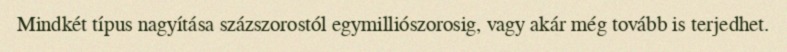
Mindkét típus nagyítása százszorostól egymilliószorosig, vagy akár még tovább is terjedhet.